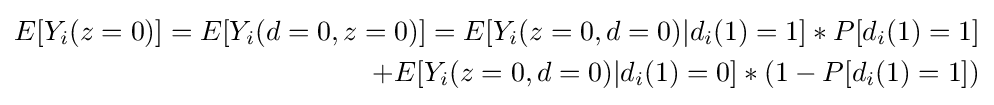
{\begin{aligned}{\displaystyle E[Y_{i}(z=0)]=E[Y_{i}(d=0,z=0)]}=E[Y_{i}(z=0,d=0)|d_{i}(1)=1]*P[d_{i}(1)=1]&\\+E[Y_{i}(z=0,d=0)|d_{i}(1)=0]*(1-P[d_{i}(1)=1])\end{aligned}}